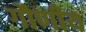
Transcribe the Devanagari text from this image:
गौणीय